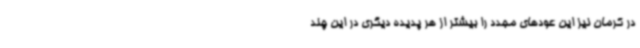
در کرمان نیز این عودهای مجدد را بیشتر از هر پدیده دیگری در این چند